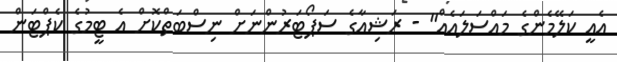
އެއީ ކަލޭމެންގެ މައްސަލައެއް" - ރަޝިއާގެ ސަޕޯޓަރުންނަށް ނިސްބަތްކޮށް އެ ޓީމުގެ ކެޕްޓަން